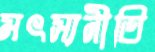
মৎস্যনীতি